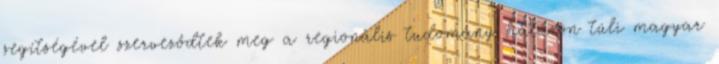
segítségével szervezôdtek meg a regionális tudomány határon túli magyar